Civil Veterinary Dept. Assam report 1927-50 - 1927-1950
Year: 1927
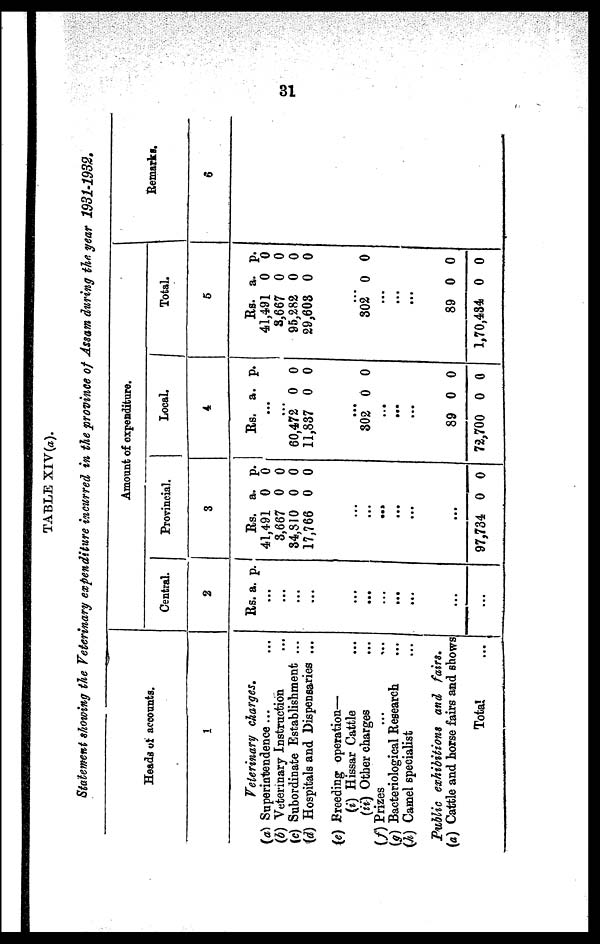
31
TABLE XIV(a).
Statement showing the Veterinary expenditure incurred in the province of Assam during the year 1931-1932.
Heads of accounts.
1
Veterinary charges.
(a) Superintendence... ...
(6) Veterinary Instruction ...
(c) Subordinate Establishment ...
(d) Hospitals and Dispensaries ...
(e) Breeding operation—
(i) Hissar Cattle ...
(it) Other charges ...
(f) Prizes ... ...
(g) Bacteriological Research ...
(h) Camel specialist ...
Public exhibitions and
fain.
(a) Cattle and horse fairs and shows
Total …
Amount of expenditure.
Central.
2
Rs. a. p.
...
...
...
...
…
…
…
...
...
...
...
Provincial.
3
Rs. a. p.
41,491 0 0
3,667 0 0
84,310 0 0
17,766 0 0
…
...
...
...
...
...
97,734 0 0
Local.
4
Rs. a. p.
...
...
60,472 0 0
11,837 0 0
...
302 0 0
...
...
...
89 0 0
72,700 0 0
Total.
5
Rs. a. p.
41,491 0 0
8,667 0 0
95,282 0 0
29,608 0 0
...
302 0 0
...
...
...
89 0 0
1,70,434 0 0
Remarks.
6